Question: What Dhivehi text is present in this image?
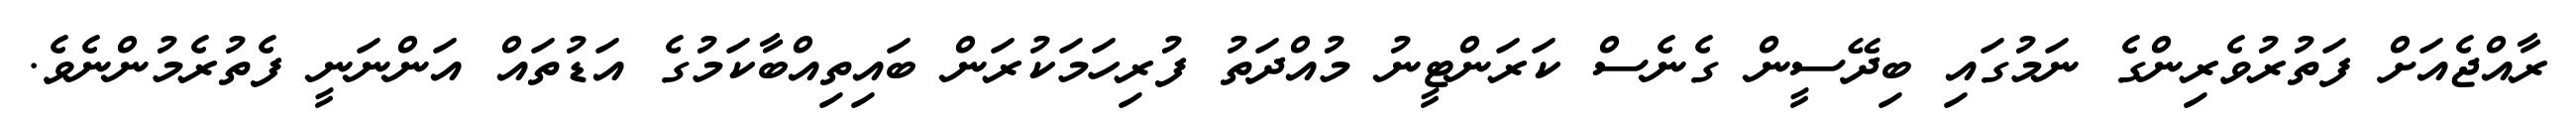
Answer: ރާއްޖެއަށް ފަތުރުވެރިންގެ ނަމުގައި ބިދޭސީން ގެނެސް ކަރަންޓީނު މުއްދަތު ފުރިހަމަކުރަން ބައިތިއްބާކަމުގެ އަޑުތައް އަންނަނީ ފެތުރެމުންނެވެ.